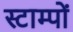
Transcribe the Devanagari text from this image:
स्टाम्पों